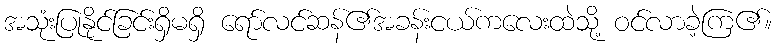
အသုံးပြုနိုင်ခြင်းရှိမရှိ ရော်လင်ဆန်၏အခန်းငယ်ကလေးထဲသို့ ဝင်လာခဲ့ကြ၏။